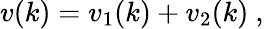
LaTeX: v(k)=v_{1}(k)+v_{2}(k)\ ,